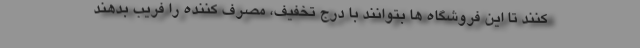
کنند تا این فروشگاه ها بتوانند با درج تخفیف، مصرف کننده را فریب بدهند